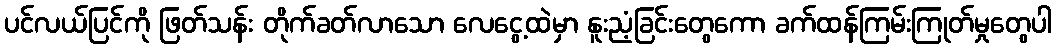
ပင်လယ်ပြင်ကို ဖြတ်သန်း တိုက်ခတ်လာသော လေငွေ့ထဲမှာ နူးညံ့ခြင်းတွေကော ခက်ထန်ကြမ်းကြုတ်မှုတွေပါ